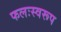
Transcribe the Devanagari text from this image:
फलःस्वरूप